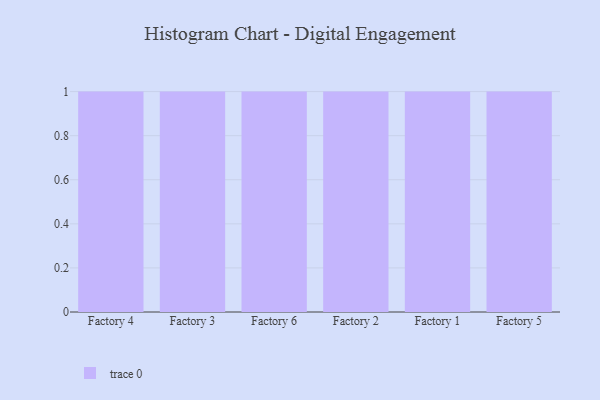
{"axis": {"x": "Factory", "y": "Headcount"}, "legend": [""], "data": [{"x": "Factory 4", "y": 100, "type": ""}, {"x": "Factory 3", "y": 21, "type": ""}, {"x": "Factory 6", "y": 42, "type": ""}, {"x": "Factory 2", "y": 38, "type": ""}, {"x": "Factory 1", "y": 71, "type": ""}, {"x": "Factory 5", "y": 98, "type": ""}]}